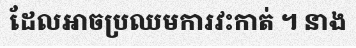
ដែលអាចប្រឈមការវះកាត់ ។ នាង